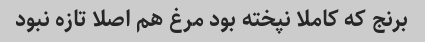
برنج که کاملا نپخته بود مرغ هم اصلا تازه نبود